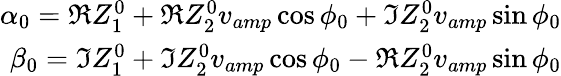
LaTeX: \begin{array}{r}{\alpha_{0}=\Re Z_{1}^{0}+\Re Z_{2}^{0}v_{amp}\cos\phi_{0}+\Im Z_{2}^{0}v_{amp}\sin\phi_{0}}\\ {\beta_{0}=\Im Z_{1}^{0}+\Im Z_{2}^{0}v_{amp}\cos\phi_{0}-\Re Z_{2}^{0}v_{amp}\sin\phi_{0}}\end{array}